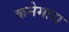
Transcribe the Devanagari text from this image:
कनेमारा